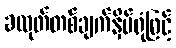
ခလုတ်တစ်ချက်နှိပ်ရုံဖြင့်